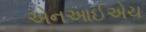
એનઆઈએચ